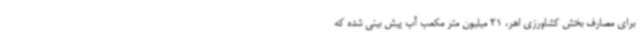
برای مصارف بخش کشاورزی اهر، 21 میلیون متر مکعب آب پیش بینی شده که